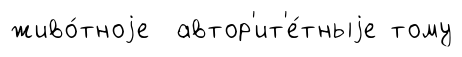
живо́тноjе автор'ит'е́тныjе тому